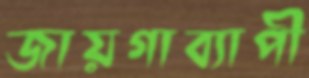
জায়গাব্যাপী